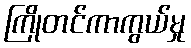
ကြိုတင်ကာကွယ်မှု